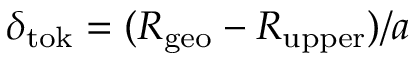
\delta _ { \mathrm { t o k } } = ( R _ { \mathrm { g e o } } - R _ { \mathrm { u p p e r } } ) / a